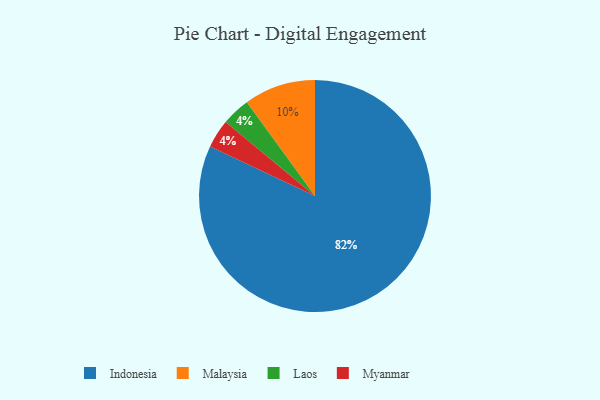
{"axis": {"x": "Category", "y": "Percentage"}, "legend": ["Indonesia", "Laos", "Malaysia", "Myanmar"], "data": [{"x": "Laos", "y": 4, "type": "Laos"}, {"x": "Indonesia", "y": 82, "type": "Indonesia"}, {"x": "Malaysia", "y": 10, "type": "Malaysia"}, {"x": "Myanmar", "y": 4, "type": "Myanmar"}]}